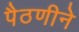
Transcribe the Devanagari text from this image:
पैठणीने